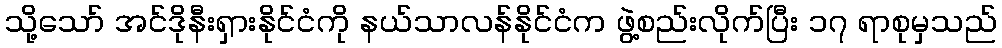
သို့သော် အင်ဒိုနီးရှားနိုင်ငံကို နယ်သာလန်နိုင်ငံက ဖွဲ့စည်းလိုက်ပြီး ၁၇ ရာစုမှသည်